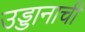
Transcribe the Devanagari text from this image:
उड्डानाची